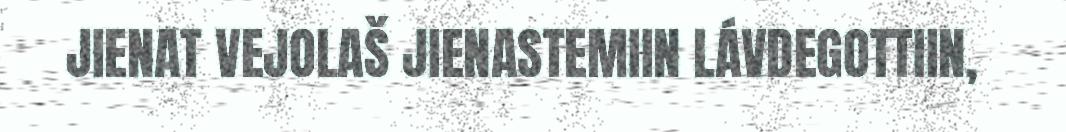
JIENAT VEJOLAŠ JIENASTEMIIN LÁVDEGOTTIIN,